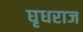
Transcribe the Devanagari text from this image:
घृधराज